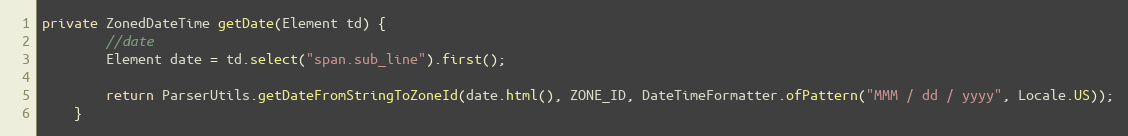
Language: Java
private ZonedDateTime getDate(Element td) {
        //date
        Element date = td.select("span.sub_line").first();

        return ParserUtils.getDateFromStringToZoneId(date.html(), ZONE_ID, DateTimeFormatter.ofPattern("MMM / dd / yyyy", Locale.US));
    }